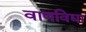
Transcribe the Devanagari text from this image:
वाणविद्या